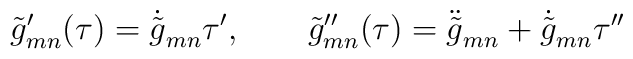
\tilde{g}'_{mn}(\tau) = \dot{\tilde{g}}_{mn} \tau',\qquad\tilde{g}''_{mn} (\tau) = \ddot{\tilde{g}}_{mn} + \dot{\tilde{g}}_{mn}\tau''